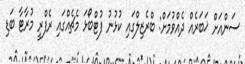
ސަންއަށް ޚަބަރެއް ދެއްވުމަށް: ބްރެޒިލްގައި ކުޅުނު ފުޓްބޯޅަ މެޗެއްގައި ރެފްރީ މުރާޓާ ބަޑި